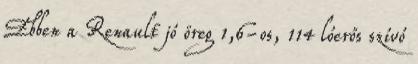
Ebben a Renault jó öreg 1,6-os, 114 lóerős szívó